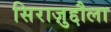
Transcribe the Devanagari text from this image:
सिराज़ुद्दौला